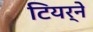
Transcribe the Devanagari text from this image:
टियर्ने